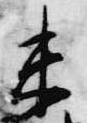
未